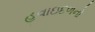
હવાઇદળનો